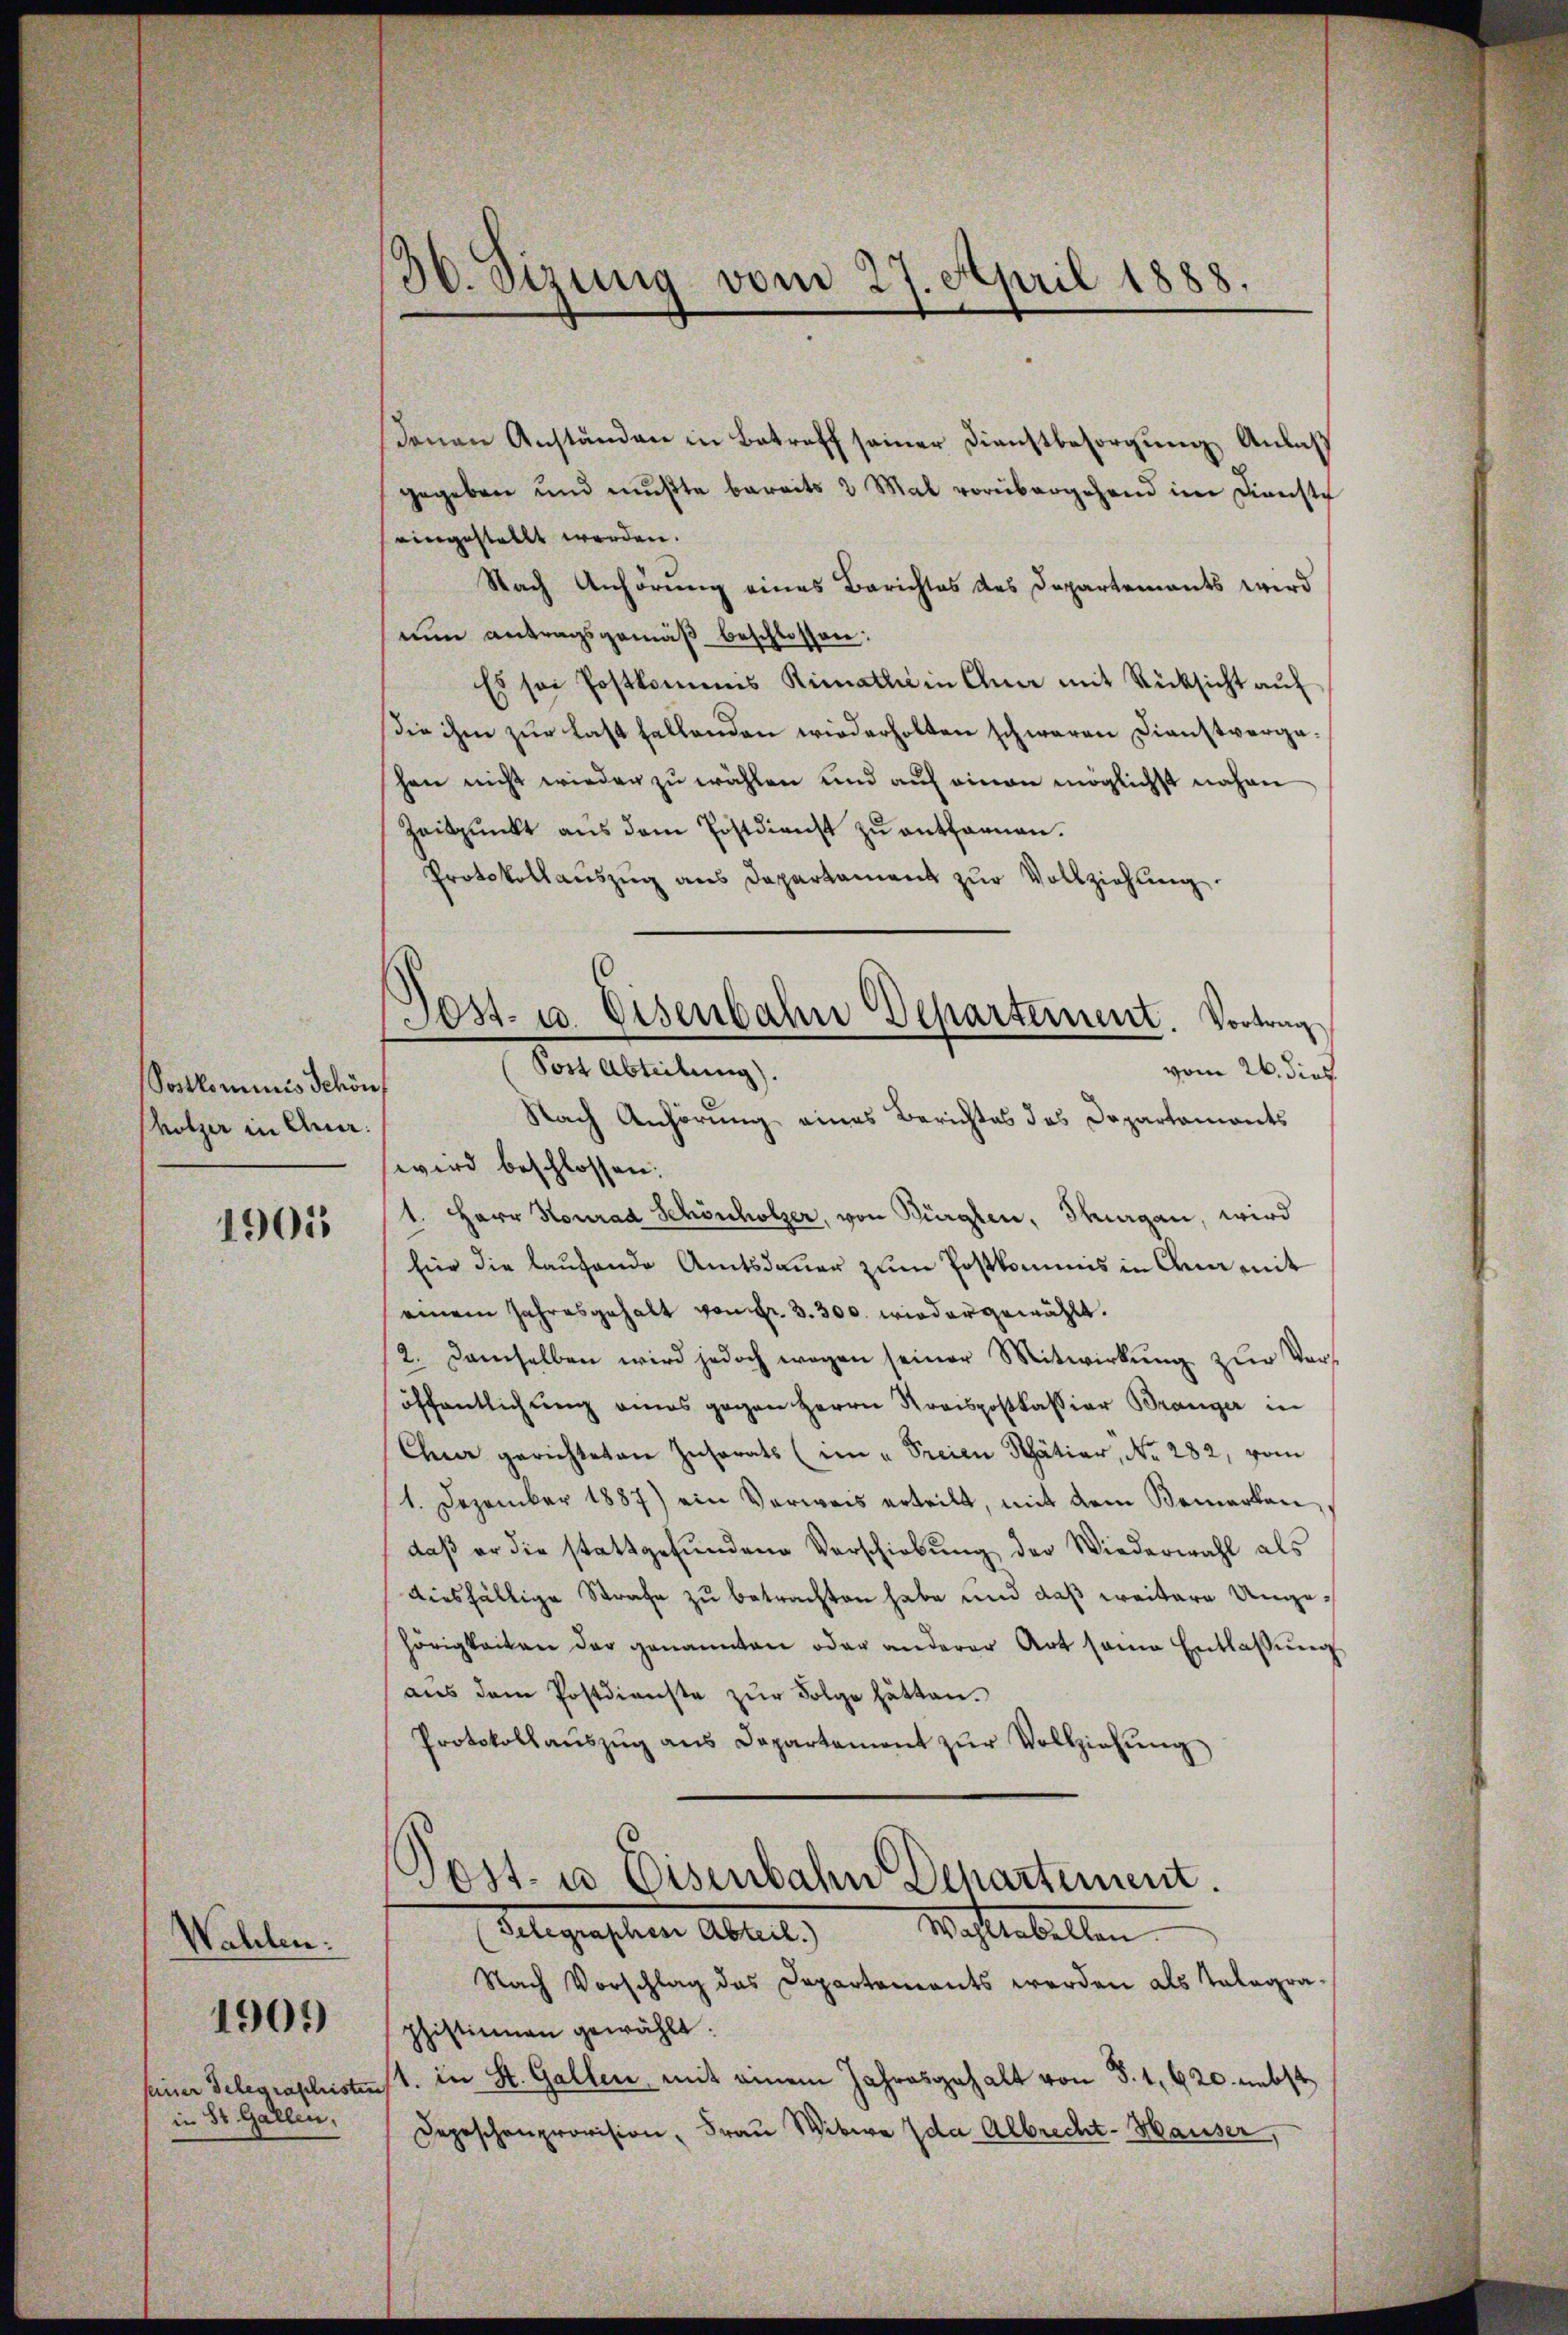
Postkominis Schöns
hölzer in Quar:

1901

Wahlen:
in St. Gallen,

1909

36. Sizung vom 27. April 1888.

Denen Anständen in Betreff seiner Dienstbesorgung Anlaß
gegeben und mŭβte bereits 2 Mal vorübergehend im Dienste
eingestellt werden.
Nach Anhörung eines Berichtes des Departements wird
nun antragsgemäß beschlossen:
Es sei Postkommis Rimatli in Ana mit Rücksicht aŭf
Die ihm zur Last fallenden wiederholten schwaren Dienstvergaschen nicht wieder zu wählen und auf einen möglichst nahen
Zeitpunkt aŭs dem Postdienst zŭ entfarnen.
Protokollauszug aus Departament zur Vollziehung
Nach Anhörung eines Berichtes des Departaments
wird beschlossen:
1. Herr Konrad Schönholzer, von Bürglen, Thurgau, wird
fier die laufende Amtsdauer zum Postkommis in Orna mit
einem Jahresgehalt von fr. 3. 300. wieder gewählt.
2. Demselben wird jedoch wegen seiner Mitwirkung zur Veröffentlichung eines gegen Herrn Preispostkassion Branger in
Chur gerichteten Insorats (im „Freien Schätiar, No. 282, vom
1. Dezember 1887) ein Verweis erteilt, mit dem Bemerken,
daβ er die stattgefŭndene Verschiebung der Wiederwahl als
diesfällige Strafe zu betrachten habe und daß weitere Ungehörigkeiten der genannten oder anderer Art seine Entlaßung
aus dem Postdienste zur Folge hätten.
Protokollaŭszŭg ans Departement zŭr Vollziehŭng

Pest- u. Eisenbahn Departement. Vortrag
Post Abteilung).
vom 26. dies

Post- u. Eisenbahn Departement.
Gelegensten Abteil       Machtebellen

Nach Vorschlag das Departements werden als Telegraphistimmen gewählt:
seine Telegraphistens 1. in St. Gallen, mit einem Jahresgehalt von §. 1, 620. nebst
Depeschenprovision, Frau Witwe Ida Albrecht-Hausser,